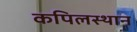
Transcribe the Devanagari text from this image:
कपिलस्थान